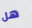
هل